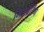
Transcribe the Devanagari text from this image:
मिसब्रैंडिंग